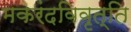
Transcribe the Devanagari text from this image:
मकरंदविवृत्ति